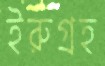
ইরুগ্রহ